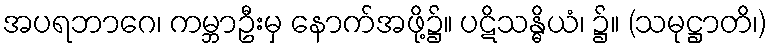
အပရဘာဂေ၊ ကမ္ဘာဦးမှ နောက်အဖို့၌။ ပဋိသန္ဓိယံ၊ ၌။ (သမုဋ္ဌာတိ၊)